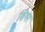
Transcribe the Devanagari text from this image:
शिगर